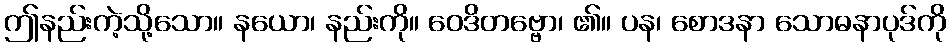
ဤနည်းကဲ့သို့သော။ နယော၊ နည်းကို။ ဝေဒိတဗ္ဗော၊ ၏။ ပန၊ စောဒနာ သောဓနာပုဒ်ကို